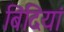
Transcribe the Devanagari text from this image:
बिंदियां